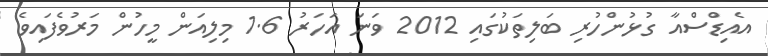
އެއިޑްސްއާ ގުޅުންހުރި ބަލިތަކުގައި 2012 ވަނަ އަހަރު 1.6 މިލިއަން މީހުން މަރުވެފައިވެ